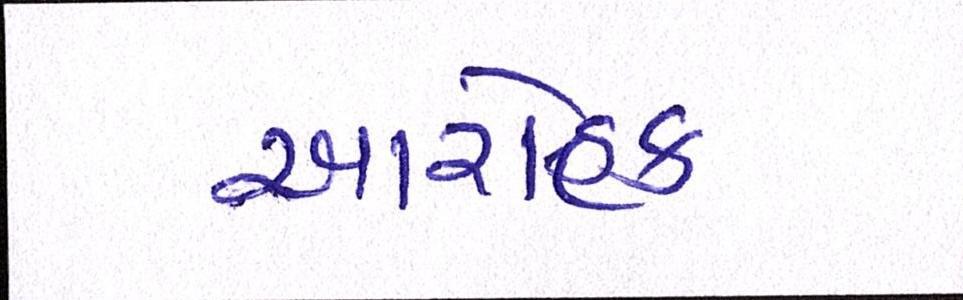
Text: આરોહક